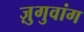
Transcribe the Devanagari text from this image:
ज़ुगुवांग